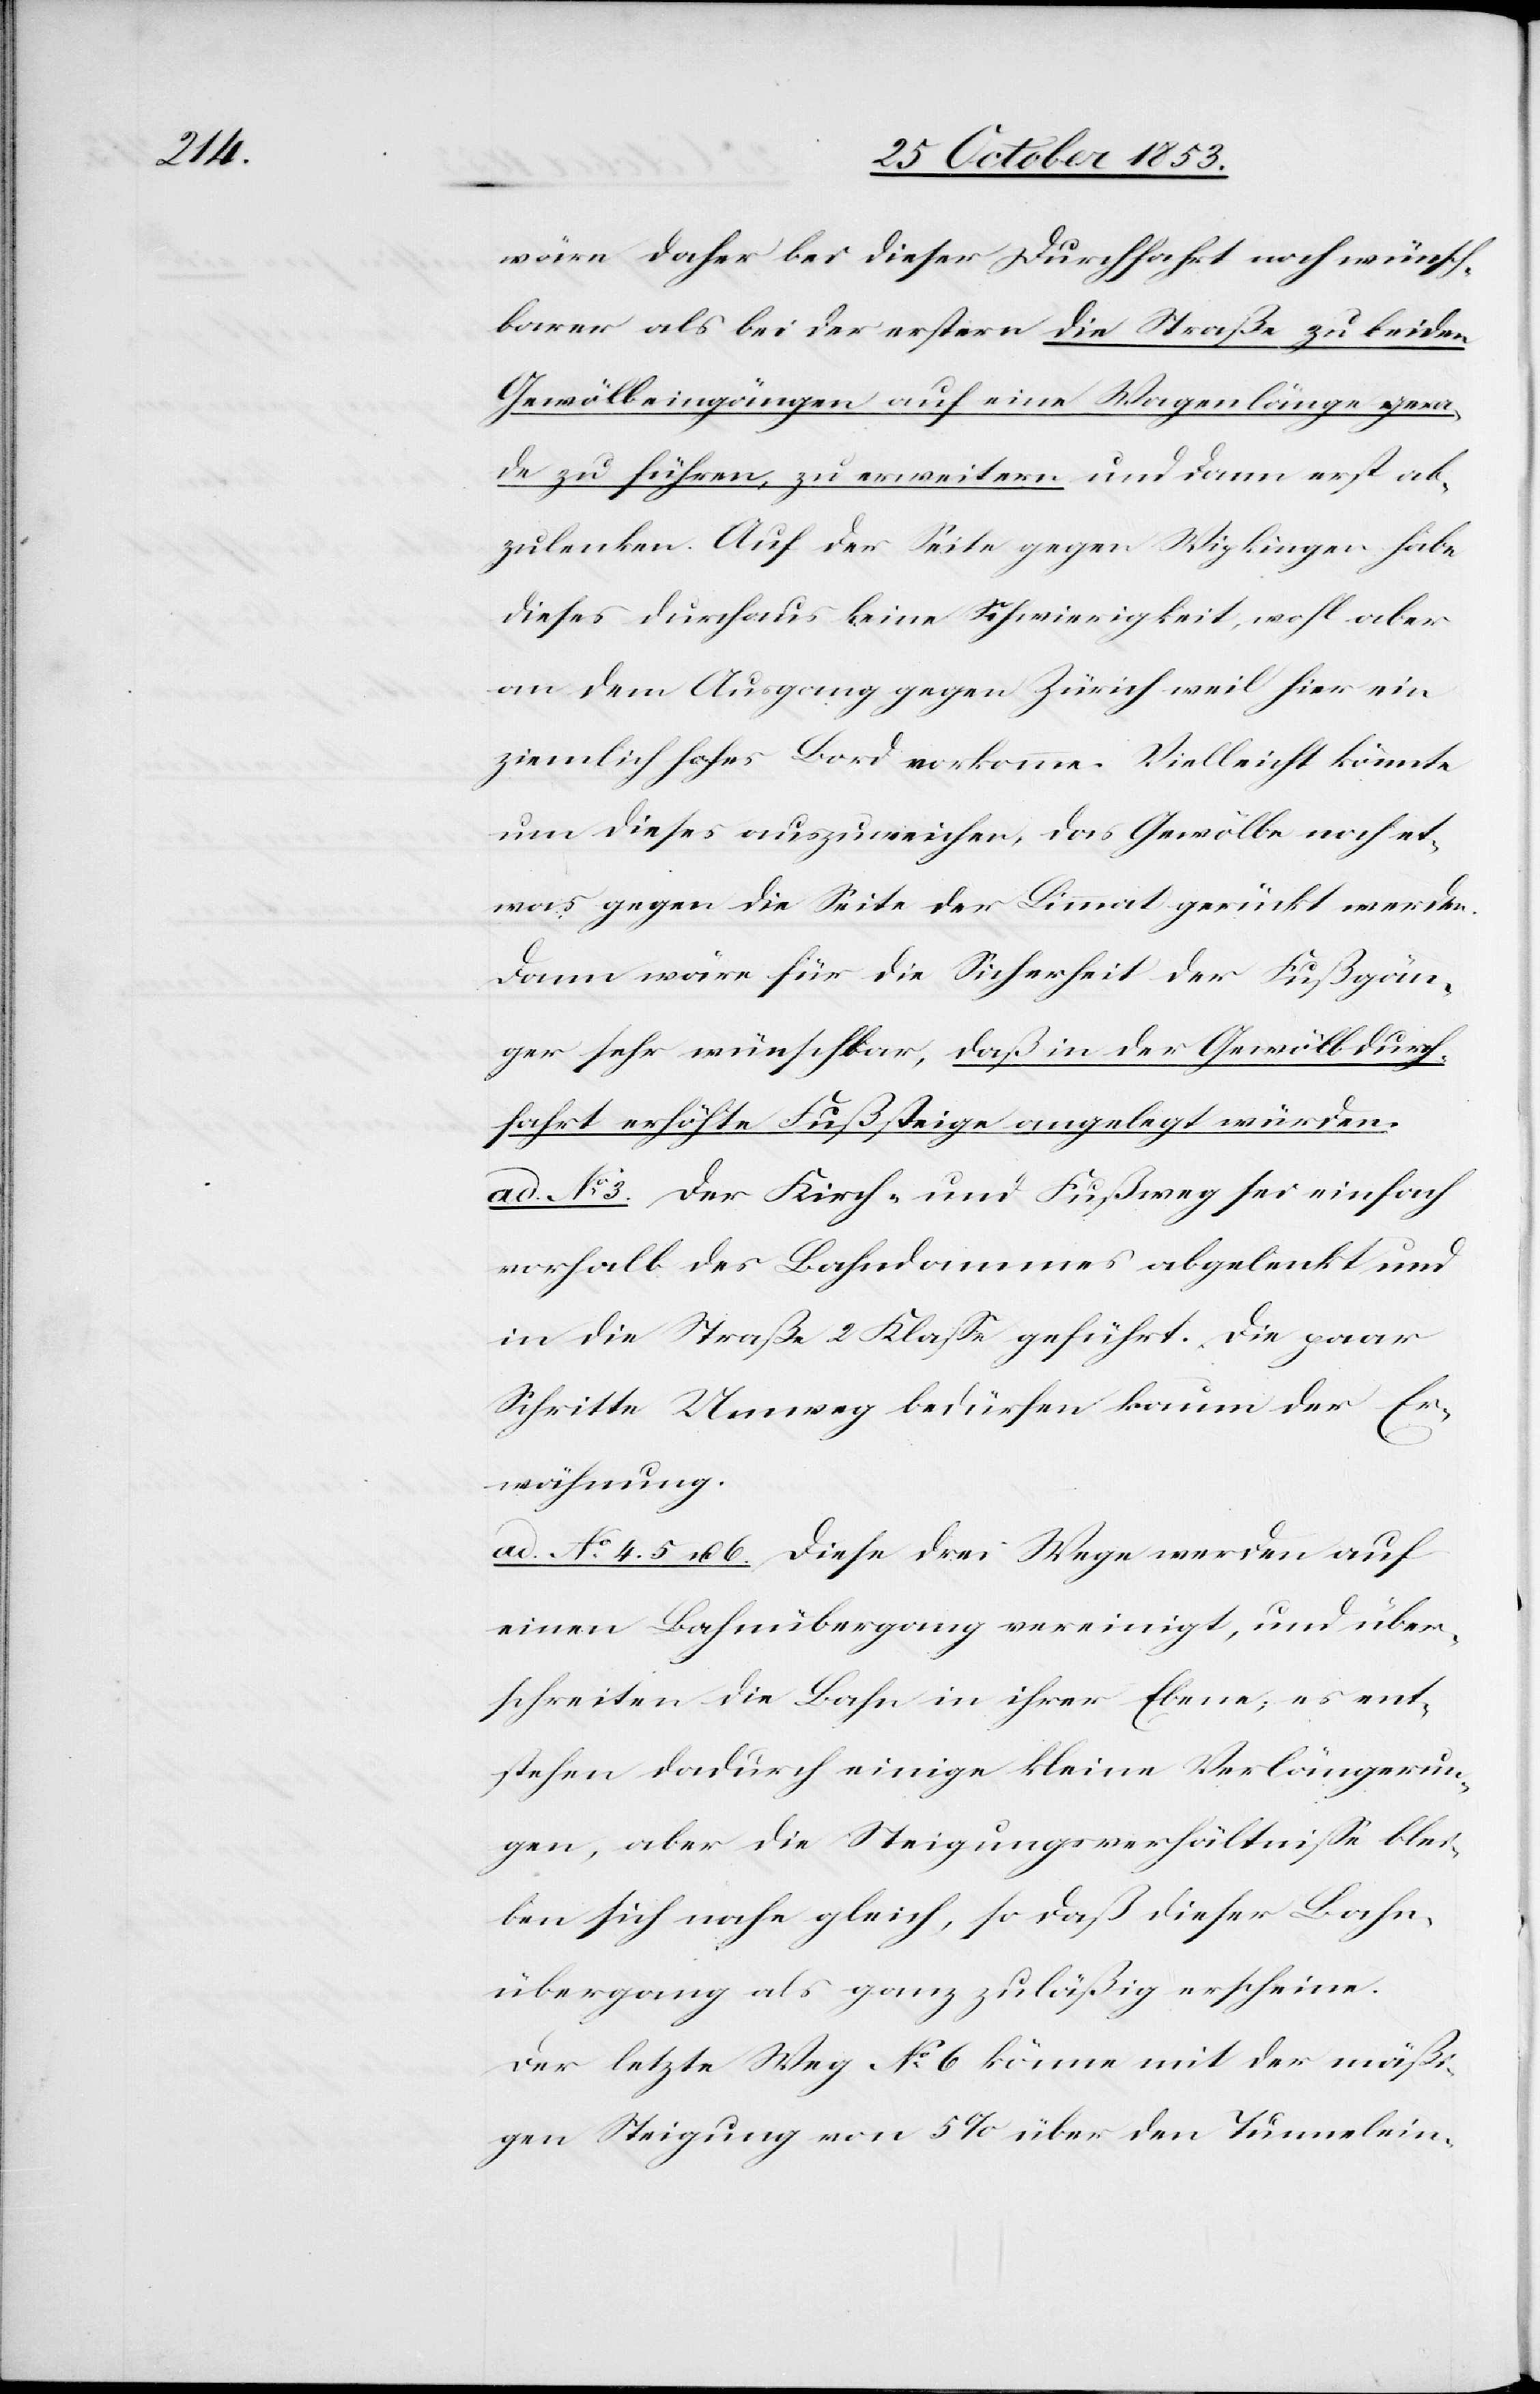
wäre daher bei dieser Durchfahrt noch wünsch¬
barer als bei der erstern die Straße zu beiden
Gewölbeingängen auf eine Wagenlänge gera¬
de zu führen, zu erweitern und dann erst ab¬
zulenken. Auf der Seite gegen Wipkingen habe
dieses durchaus keine Schwierigkeit, wohl aber
an dem Ausgang gegen Zürich weil hier ein
ziemlich hohes Bord vorkomme. Vielleicht könnte
um dieses auszuweichen, das Gewölbe noch et¬
was gegen die Seite der Limmat gerückt werden.
Dann wäre für die Sicherheit der Fußgän¬
ger sehr wünschbar, daß in der Gewölbdurch¬
fahrt erhöhte Fußsteige angelegt würden.
ad. N° 3. Der Kirch- und Fußweg sei einfach
vorhalb des Bahndammes abgelenkt und
in die Straße 2 Klaße geführt. Die paar
Schritte Umweg bedürfen kaum der Er¬
wähnung.
ad. N° 4. 5 u. 6 Diese drei Wege werden auf
einen Bahnübergang vereinigt, und über¬
schreiten die Bahn in ihrer Ebene, es ent¬
stehen dadurch einige kleine Verlängerun¬
gen, aber die Steigungsverhältniße blei¬
ben sich nahe gleich ,so daß dieser Bahn¬
übergang als ganz zuläßig erscheine.
Der letzte Weg N° 6 könne mit der mäßi¬
gen Steigung von 5% über den Tunnelein-